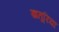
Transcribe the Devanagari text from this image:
खतूरिया